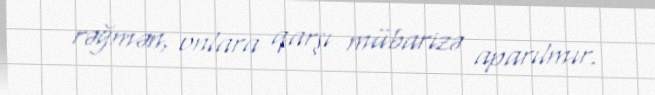
rəğmən, onlara qarşı mübarizə aparılmır.